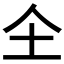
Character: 𱎛